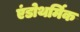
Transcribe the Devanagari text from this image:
एंडोथर्मिक